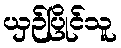
ယှဉ်ပြိုင်သူ